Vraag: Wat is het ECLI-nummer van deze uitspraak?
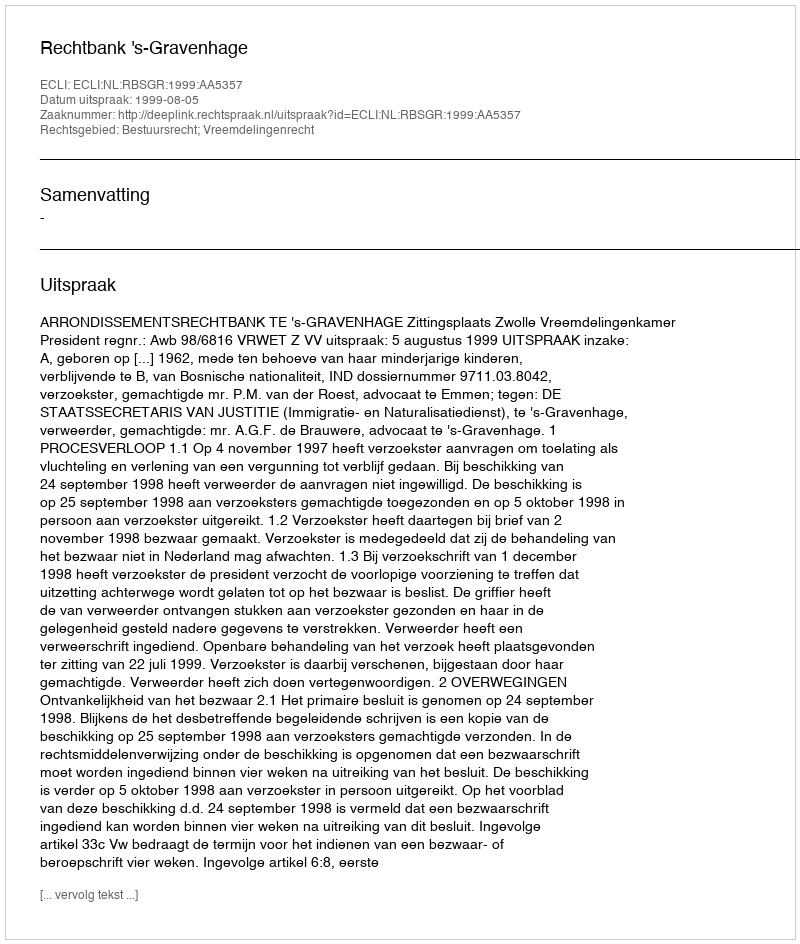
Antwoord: ECLI:NL:RBSGR:1999:AA5357